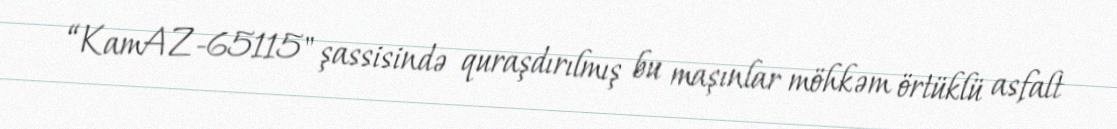
“KamAZ-65115" şassisində quraşdırılmış bu maşınlar möhkəm örtüklü asfalt